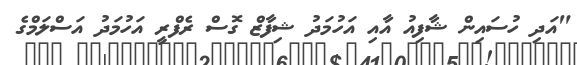
"އަދި ހުސައިން ޝާފިއު އާއި އަހުމަދު ޝިފާޒް ގޮސް ރެފްރީ އަހުމަދު އަސްލަމްގެ